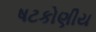
ષટકોણીય